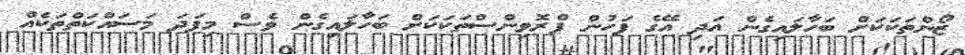
ޒޯންތަކަކަށް ބަހާލައިގެން އަދި އޭގެ ފަހުން ޕްރޮވިންސްތަކަކަށް ބަހާލައިގެން ވެސް މިފަދަ މަސައްކަތްތަކެއް